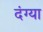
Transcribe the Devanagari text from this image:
दंग्या